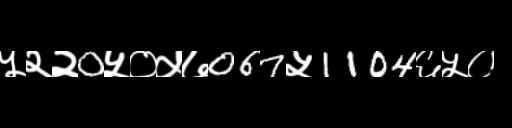
Text: ५२२0५०५७067५1104६५०